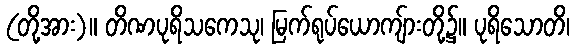
(တို့အား)။ တိဏပုရိသကေသု၊ မြက်ရုပ်ယောကျ်ားတို့၌။ ပုရိသောတိ၊